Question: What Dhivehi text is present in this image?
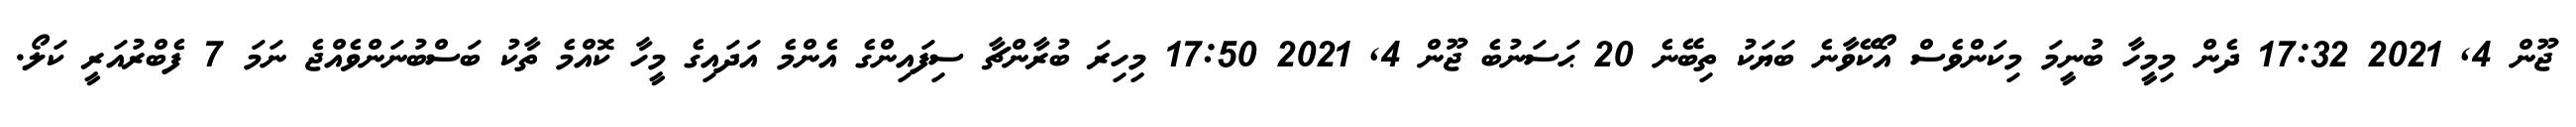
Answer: ޖޫން 4, 2021 17:32 ދެން މިމީހާ ބުނީމަ މިކަންވެސް އޯކޭވާނެ ބަޔަކު ތިބޭނެ 20 ޙަސަނުބެ ޖޫން 4, 2021 17:50 މިހިރަ ބުރާންޗާ ސިފައިންގެ އެންމެ އަދައިގެ މީހާ ކޮއްމެ ތާކު ބަސްބުނަންވެއްޖެ ނަމަ 7 ފެބްރުއަރީ ކަލޯ.